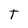
Character: T